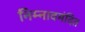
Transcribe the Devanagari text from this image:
निम्नावमंदित